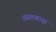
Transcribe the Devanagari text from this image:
स्थलबाह्य